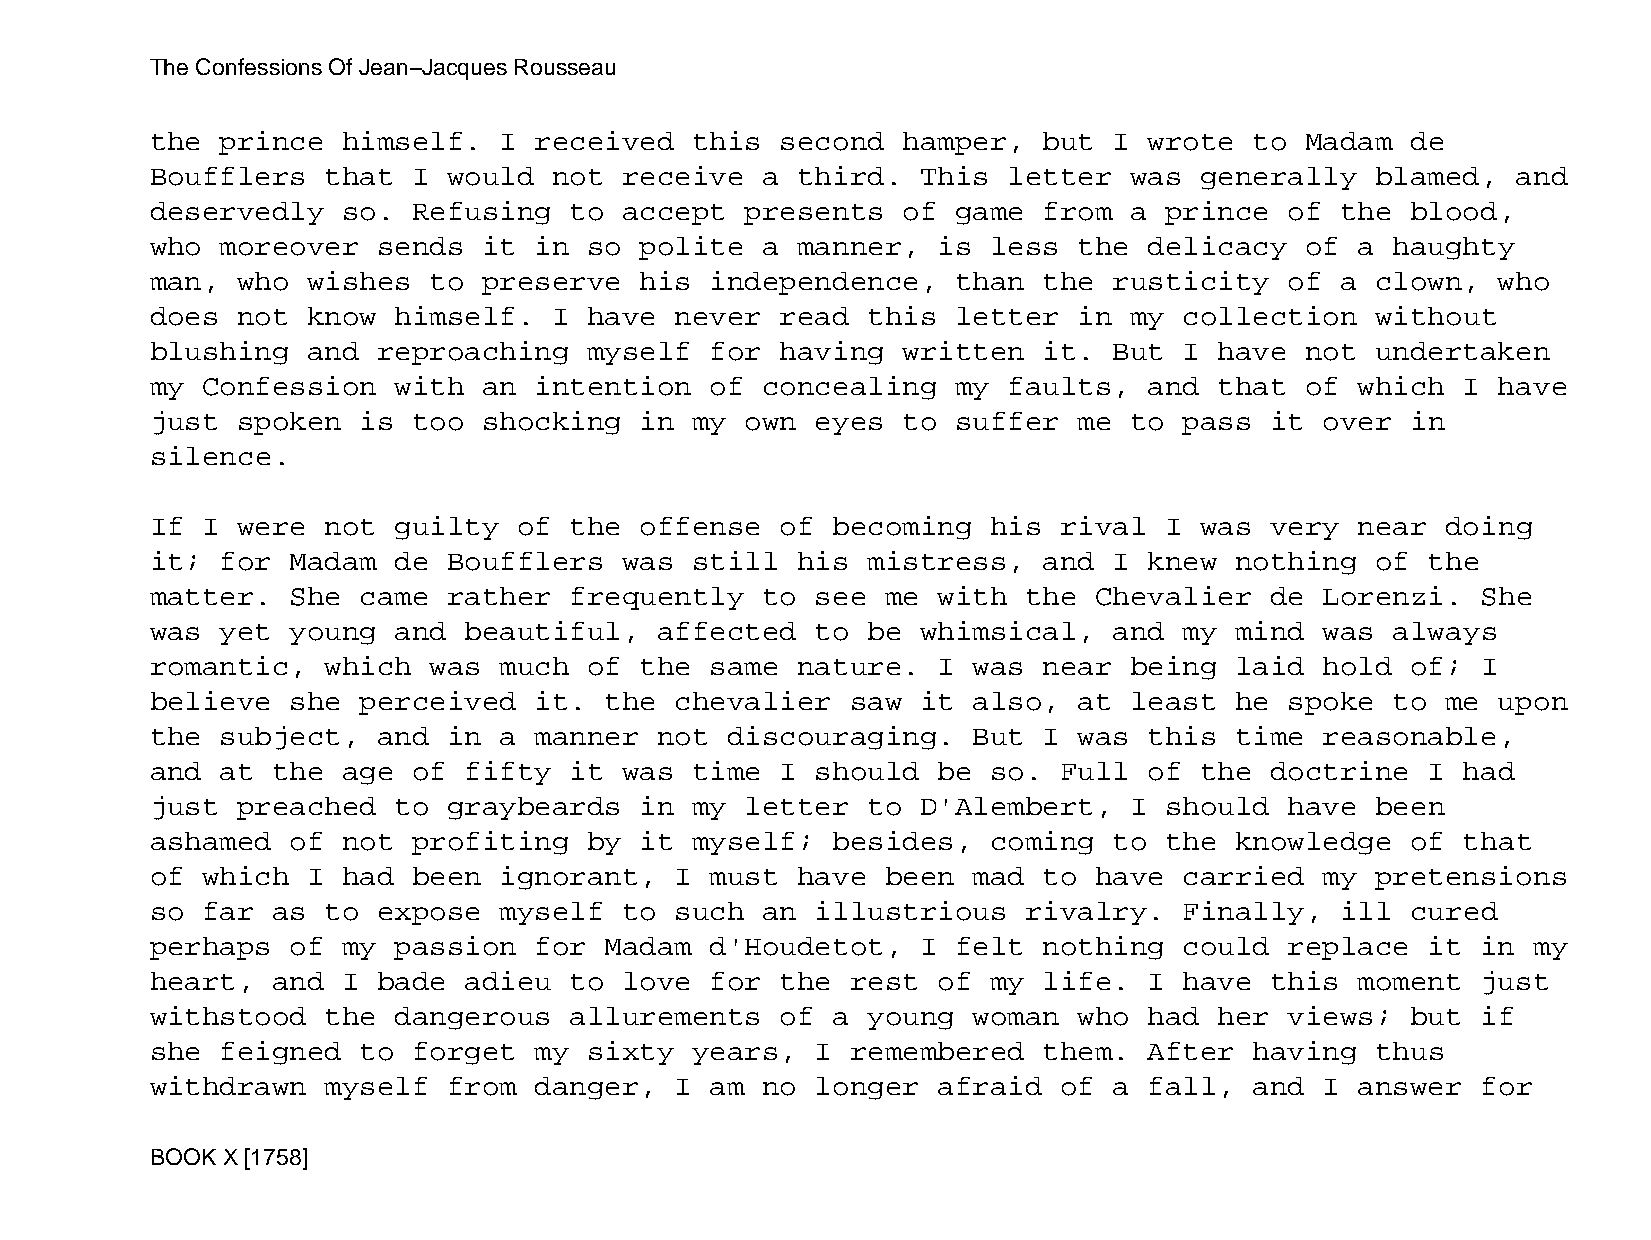
The Confessions Of Jean−Jacques Rousseau
 the  prince  himself.  I received   this  second  hamper,  but  I wrote  to Madam  de
 Boufflers   that I  would  not receive  a  third.  This  letter  was generally   blamed,  and
 deservedly   so. Refusing   to accept  presents   of game  from  a prince  of  the blood,
 who  moreover  sends  it in  so polite  a  manner,  is  less the  delicacy  of  a haughty
 man,  who wishes  to  preserve  his  independence,   than  the  rusticity  of  a clown,  who
 does  not know  himself.   I have  never  read this  letter  in  my collection   without
 blushing  and  reproaching   myself  for  having  written  it.  But I  have not  undertaken
 my Confession   with  an intention   of concealing   my  faults,  and  that of  which  I have
 just  spoken  is too  shocking  in  my own  eyes  to suffer  me  to pass  it  over in
 silence.
 If I  were  not guilty  of  the offense   of becoming   his rival  I was  very  near  doing
 it;  for Madam  de  Boufflers  was  still  his mistress,   and  I knew  nothing  of  the
 matter.  She  came  rather  frequently  to  see  me with  the Chevalier   de  Lorenzi.  She
 was  yet young  and  beautiful,   affected  to be  whimsical,   and my  mind  was always
 romantic,   which was  much  of the  same  nature.  I was  near  being  laid  hold of;  I
 believe  she  perceived  it.  the  chevalier  saw  it also,  at  least  he spoke  to  me upon
 the  subject,  and  in a manner   not discouraging.   But  I was  this  time  reasonable,
 and  at the  age of  fifty  it was  time  I should  be  so. Full  of the  doctrine   I had
 just  preached  to  graybeards  in  my letter  to  D'Alembert,   I should  have  been
 ashamed  of  not profiting   by it  myself;  besides,   coming  to the  knowledge  of  that
 of which  I  had been  ignorant,   I must  have  been mad  to have  carried   my pretensions
 so far  as  to expose  myself  to  such an  illustrious   rivalry.  Finally,   ill cured
 perhaps  of  my passion  for  Madam  d'Houdetot,   I felt  nothing  could  replace   it in my
 heart,  and  I bade  adieu  to love  for  the rest  of  my life.  I have  this  moment  just
 withstood   the dangerous   allurements   of a young  woman  who  had  her views;  but  if
 she  feigned  to forget  my  sixty  years,  I remembered   them.  After  having  thus
 withdrawn   myself  from danger,   I am no  longer  afraid  of  a fall,  and  I answer  for
 BOOK X [1758]